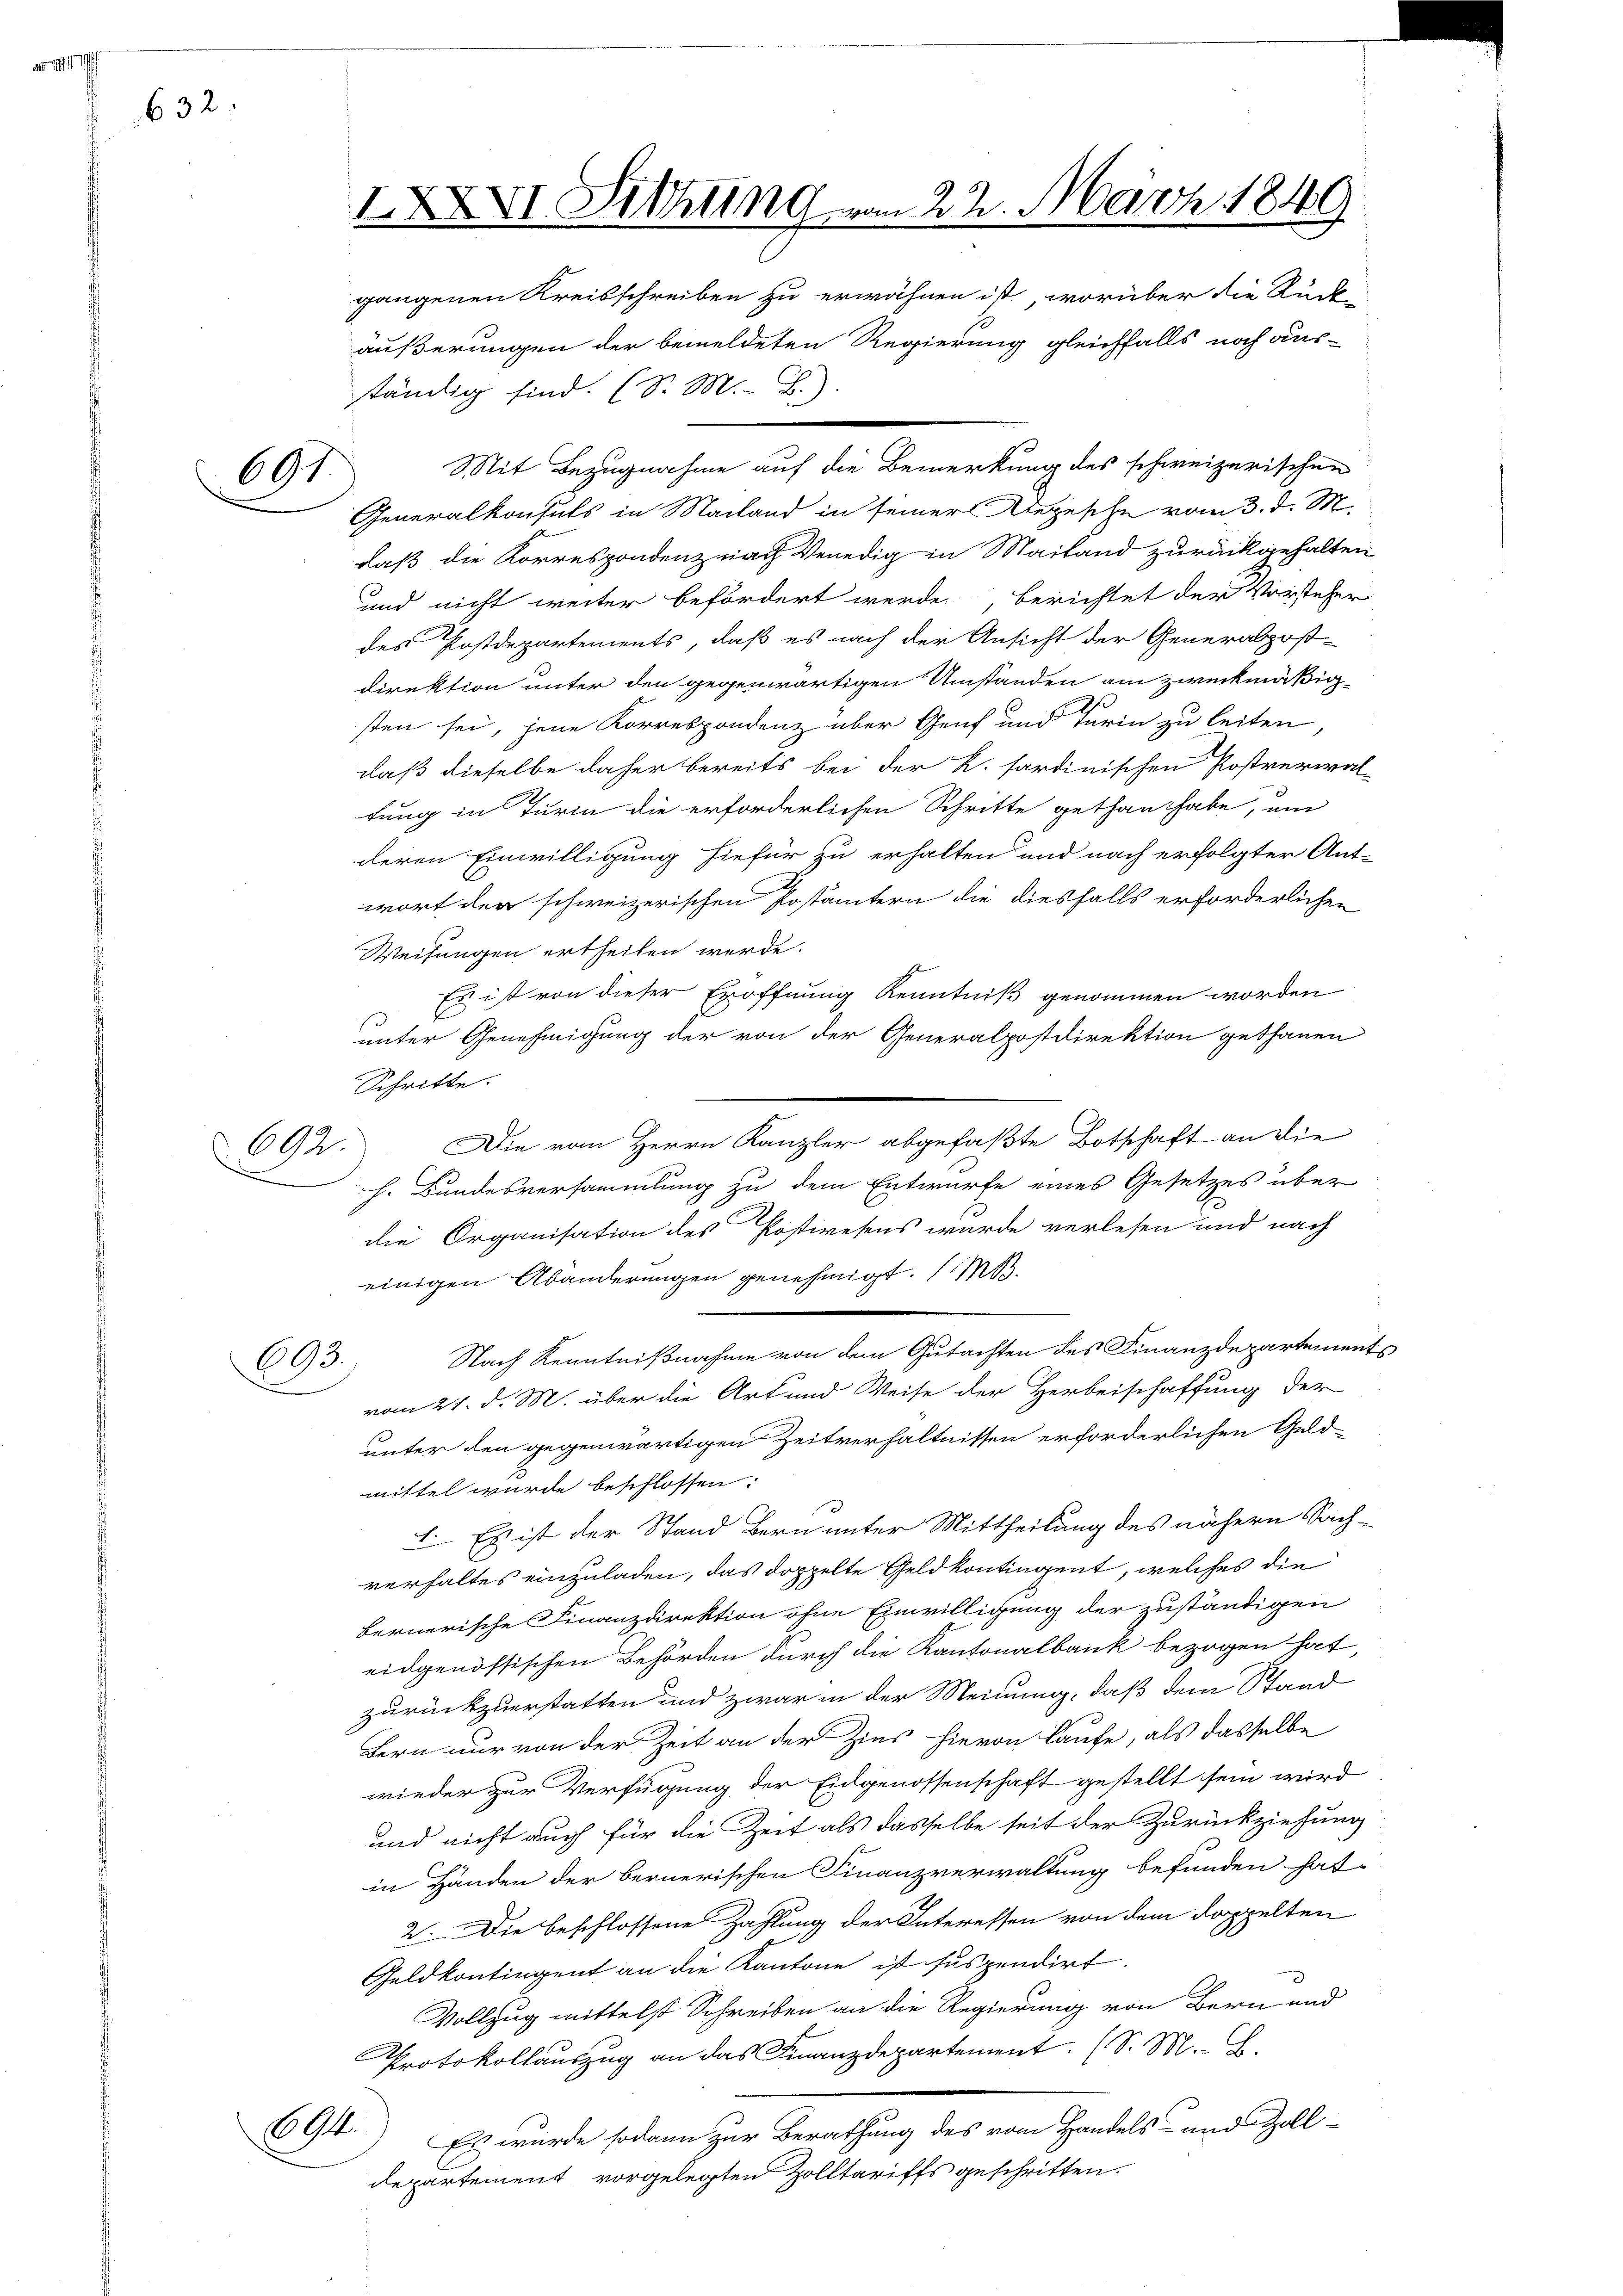
A. 1

632.

697

692.

gangenen Kreisschreiben zu erwähnen ist, worüber die Rück-
äußerungen der bemeldeten Regierung gleichfalls noch aus-
ständig sind. (S. M. B.)
Mit Bezugnahme auf die Bemerkung des schweizerischen
Generalkonsuls in Mailand in seiner Regesche vom 3. d. M.
daß die Korrespondenz nach Venedig in Mailand zurückgehalten
und nicht weiter befördert werde, Berichtet der Vorsteher
des Postdepartements, daß es nach der Ansicht der Generalpost-
direktion unter den gegenwärtigen Umständen am zweckmäßigsten sei, jene Korrespondenz über Genf und Turin zu leiten,
daß dieselbe daher bereits bei der K. sardinischen Postverwal
tung in Turia die erforderlichen Schritte gethan habe, um
deren Einwilligung hiefür zu erhalten und nach erfolgter Ant-
wort der schweizerischen Postämtern die diesfalls erforderlichen
Weisungen ertheilen werde.
Es ist von dieser Eröffnung Kenntniß genommen worden
unter Genehmigung der von der Generalpostdirektion gethanen
Schritte.
Die vom Herrn Kanzler abgefaßte Botschaft an die
h. Bundesversammlung zu dem Entwurfe eines Gesetzes über
die Organisation des Postwesens wurde verlesen und nach
einigen Abänderungen genehmigt. (M.
.
Nach Kenntnißnahme von dem Gutachten des Finanzdepartements
vom 21. d. M. über die Art und Weise der Herbeischaffung der
unter den gegenwärtigen Zeitverhältnissen erforderlichen Geld-
mittel wurde beschlossen:
1. Es ist der Stand Bern unter Mittheilung des nähern Sachverhaltes einzuladen, das doppelte Geld kontingent, welches die
Bernerische Finanzdirektion ohne Einwilligung der zuständigen
eidgenössischen Behörden durch die Kantonalbank bezogen hat,
zurückzuerstatten und zwar in der Meinung, daß dem Stand
Bern nur von der Zeit an der Zins hievon laufe, als dasselbe
wieder zur Verfügung der Eidgenossenschaft gestellt sein wird
und nicht auch für die Zeit als dasselbe seit der Zurückziehung
in Händen der Bernerischen Finanzverwaltung befunden hat,
2. Die beschlossene Zahlung der Interessen von dem doppelten
Geldkontingent an die Kantone ist suspendirt.
Vollzug mittelst Schreiben an die Regierung von Bern und
Protokollauszug an das Finanzdepartement. (S. M. L.
694.
Es wurde sodann zur Berathung des vom Handels und Zolldepartement vorgelegten Zolltariffs geschritten.

693.

IXXVI. Sichung von 22. März 1849